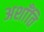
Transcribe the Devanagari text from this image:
अशाँति